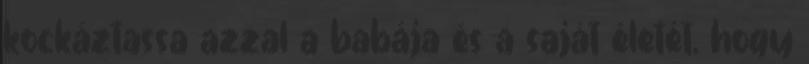
kockáztassa azzal a babája és a saját életét, hogy